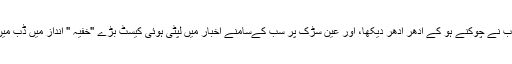
بٹ صا ب نے چوکنّے ہو کے ادھر ادھر دیکھا، اور عین سڑک پر سب کےسامنے اخبار میں لپٹی ہوئی کیسٹ بڑے "خفیہ " انداز میں ڈب میں لگا لی۔